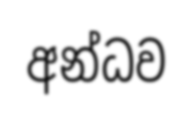
අන්ධව